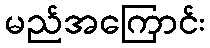
မည်အကြောင်း